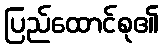
ပြည်ထောင်စု၏